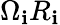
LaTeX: \Omega_{\mathbf{i}}R_{\mathbf{i}}